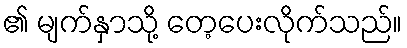
၏ မျက်နှာသို့ တေ့ပေးလိုက်သည်။